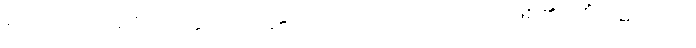
ဧတံဧသောပရိဝိတက္ကော၊ ဤသို့သောအံသည်။ အဟောသိ၊ ဖြစ်၏။ ကိံအဟောသိ၊